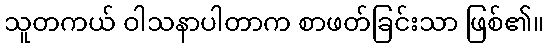
သူတကယ် ဝါသနာပါတာက စာဖတ်ခြင်းသာ ဖြစ်၏။